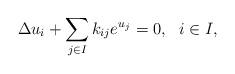
LaTeX: \begin{align*}\Delta u_i+\sum\limits_{j\in I}k_{ij}e^{u_j}=0, \ \ i\in I,\end{align*}